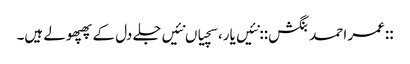
::عمر احمد بنگش:: نئیں یار، سچیاں نئیں‌جلے دل کے پھپھولے ہیں۔